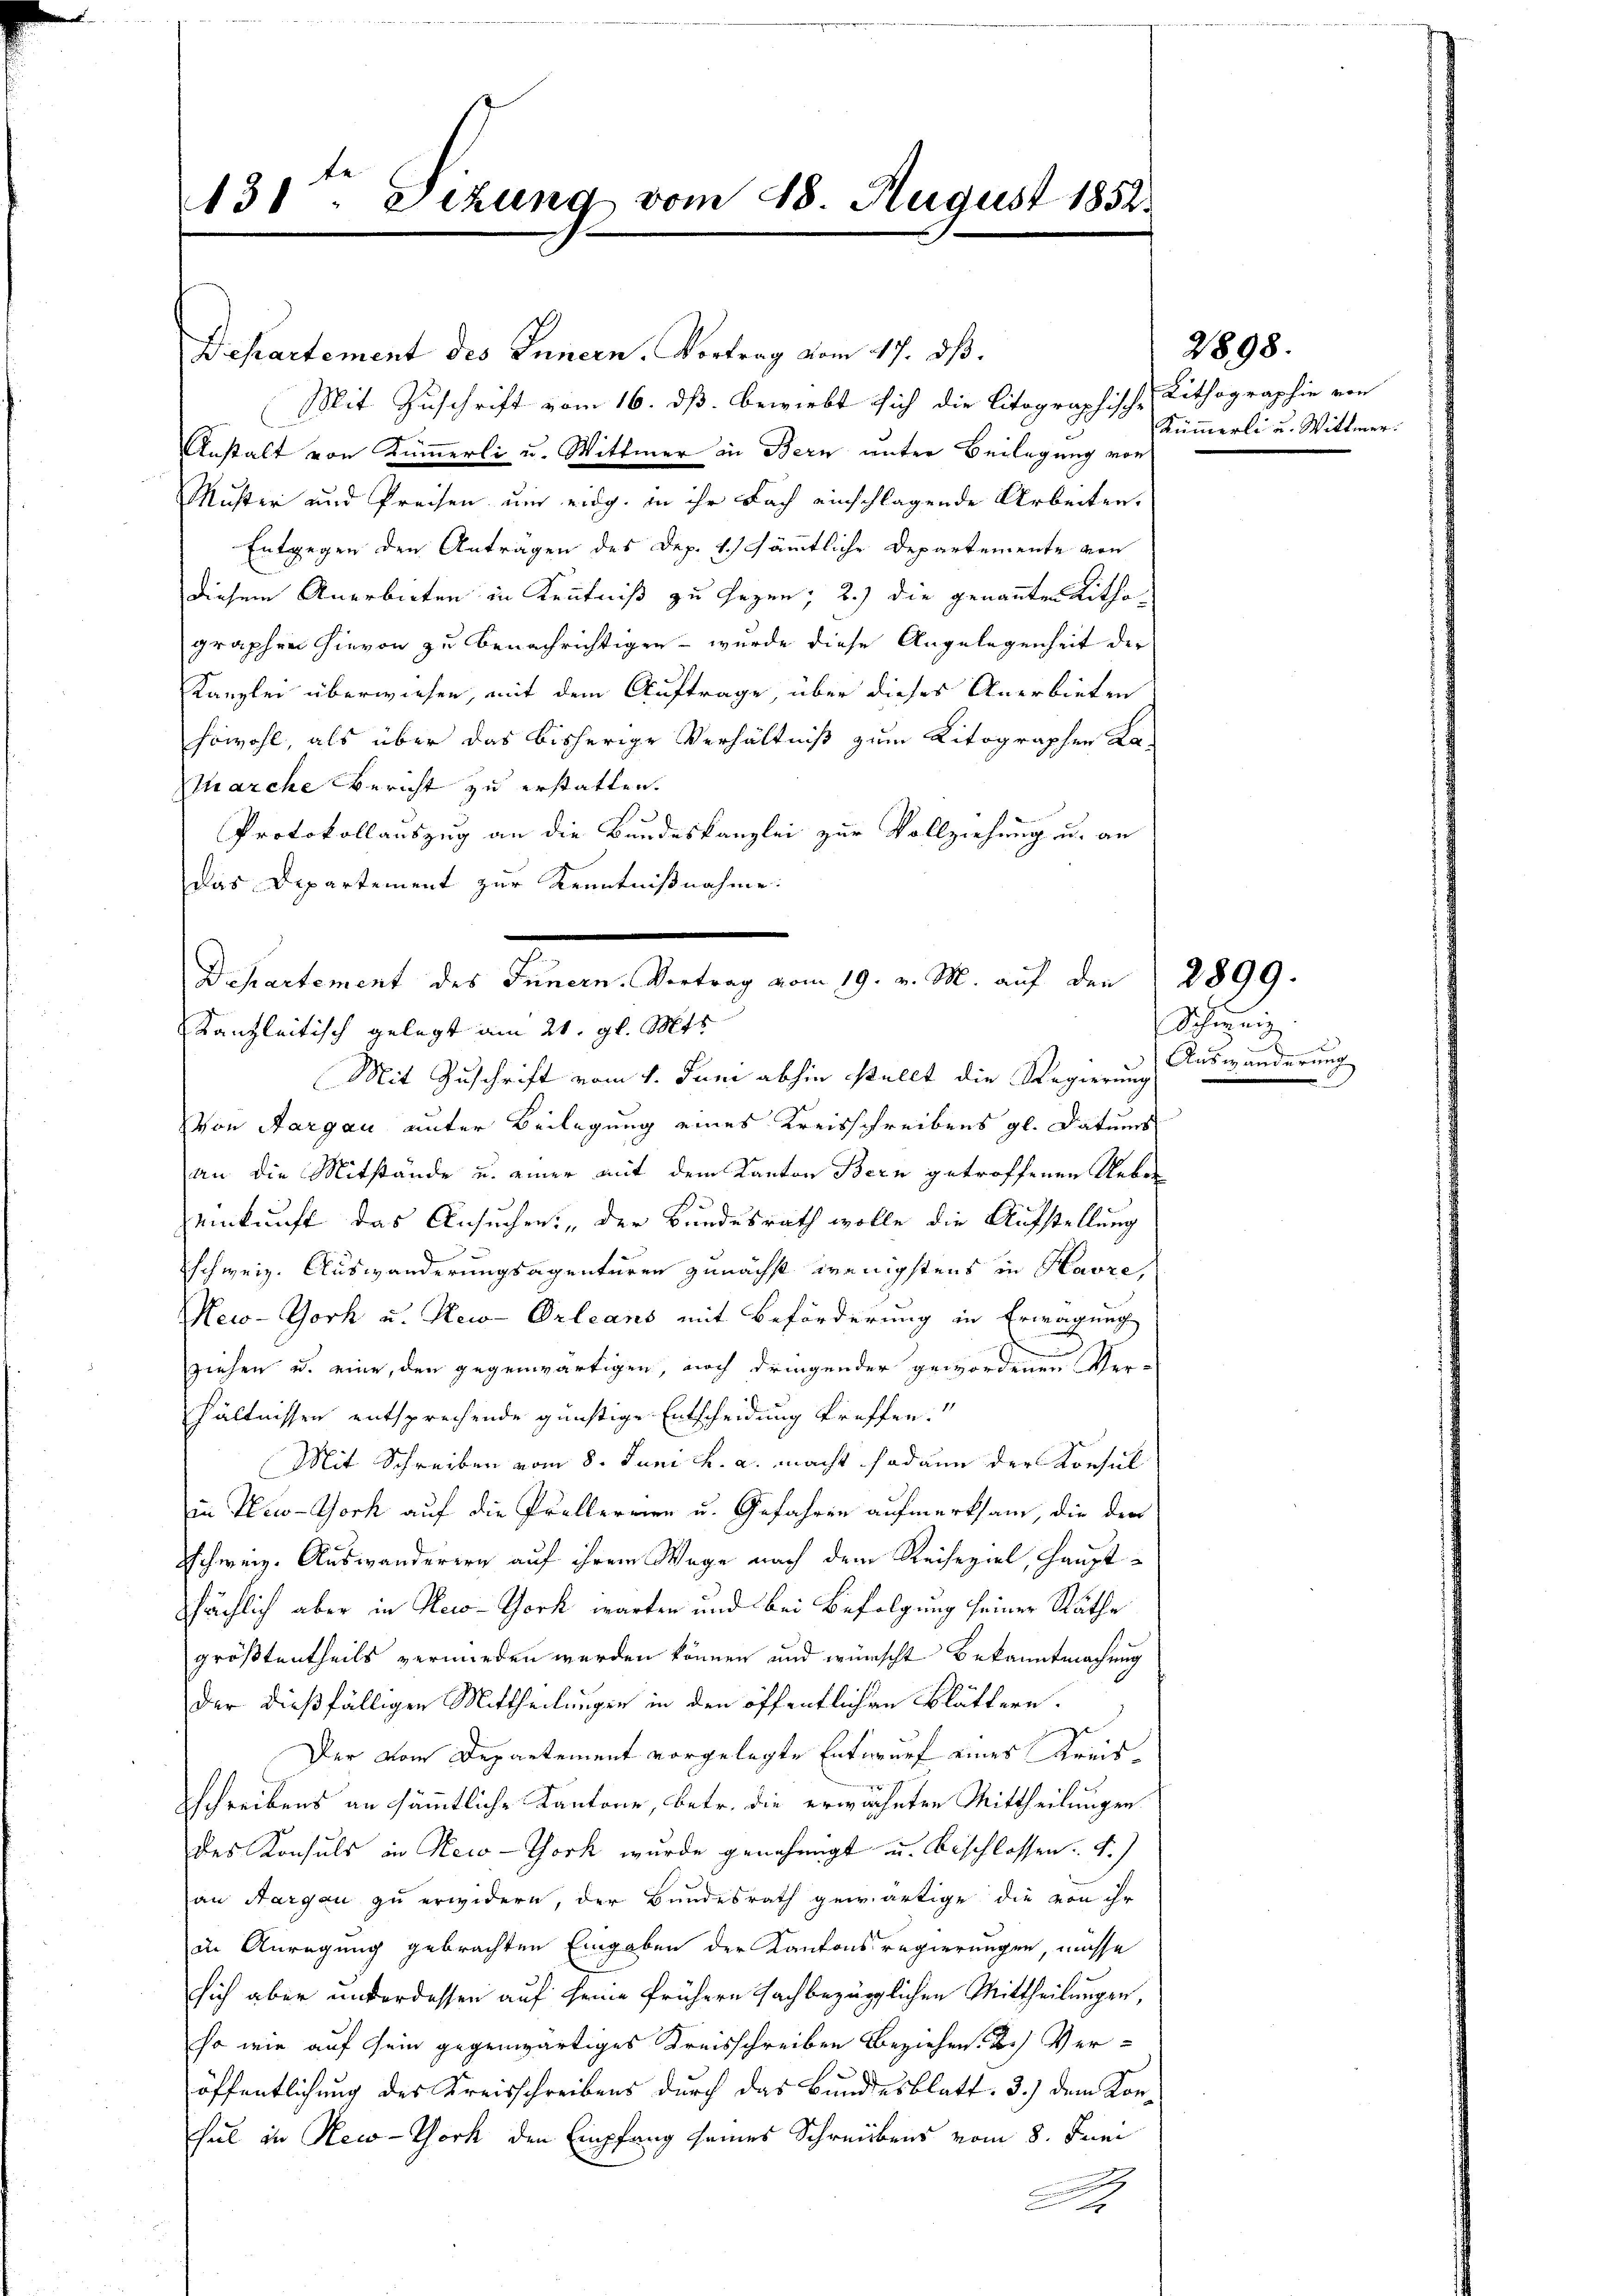
131. Dezung vom 18. August 1852.

Departement des Innern, Vortrag vom 17. dß.
Mit Zuschrift vom 16. ds. bewirbt sich die litographische Lithographie von
Anstalt von Kümmerli u. Wittwer in Bern unter Beilegung von
Muster und Preisen um eidg. in ihr Fach einschlagende Arbeiten.
Entgegen den Antragen des Dep. 1. / sämmtliche Departemente von
diesem Anerbieten in Kenntniß zu sezen; 2.) die genannten Kitha
graphen hievon zu benachrichtigen – wurde diese Angelegenheit der
Kanzlei überwiesen, mit dem Auftrage, über dieses Anerbieten
sowohl, als über das bisherige Verhältniß zum Ritographen La-
Marche Bericht zu erstatten.
Protokollauszug an die Bundeskanzlei zur Vollziehung u. an
das Departement zur Kenntnißnahme:
Kanzleitisch gelegt am 21. gl. Mts.
Mit Zuschrift vom 1. Juni abhin stellt die Regierung
von Aargau unter Beilegung eines Kreisschreibens gl. Datums
an die Mitstände u. einer mit dem Kanton Bern getroffenen Ueber
einkunft das Ansuchen, der Bundesrath wolle die Aufstellung
a
schweiz. Auswanderungsagenturen zunächst wenigstens in Havre,
Meco-York u. New-Orleans mit Beförderung in Erwägung
ziehen u. eine, den gegenwärtigen, noch dringender gewordenen Ver-
hältnissen entsprechende günstige Entscheidung treffen.
Mit Schreiben vom 8. Juni h. a. macht sodann der Konsul
in New-York auf die Prellerrien u. Gefahren aufmerksam, die der
Schweiz. Auswanderern auf ihrem Wage nach dem Reiseziel, Hauptshächlich aber in Reco-York warten und bei Befolgung seiner Räthe
größtentheils vermieden werden können und wünscht bekanntmachung
der dießfälligen Mittheilungen in den öffentlichen Blättern.
Der vom Departement vorgelegte Entwurf eines Kreisschreibens an sämmtliche Kantone, betr. die erwähnten Mittheilungen
des Konsuls in New-York wurde genehmigt u. beschlossen. F.)
an Aargau zu erwidern, der Bundesrath gewärtige die von ihr
die Anregung gebrachten Eingaben der Kantonsregierungen, müsse
sich aber unterdessen auf seine frühern fachbezüglichen Mittheilungen,
so wie auf sein gegenwärtiges Kreisschreiben Beziehen. 2) Veröffentlichung des Kreisschreibens durch das Bundesblatt 3.) dem Konhul in New-York den Empfang seines Schreibens vom 8. Juni

Departement des Innern. Vertrag vom 19. v. M. auf den 2899.

Kümmerli u. Wittmer.

2898.

Schinig
Auswänderung